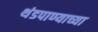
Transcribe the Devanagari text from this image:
थंडपाण्याच्या